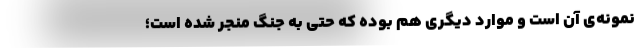
نمونه‌ی ‌آن است و موارد دیگری هم بوده که حتی به جنگ منجر شده است؛